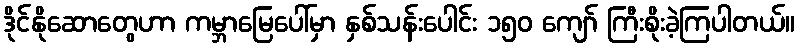
ဒိုင်နိုဆောတွေဟာ ကမ္ဘာမြေပေါ်မှာ နှစ်သန်းပေါင်း ၁၅၀ ကျော် ကြီးစိုးခဲ့ကြပါတယ်။